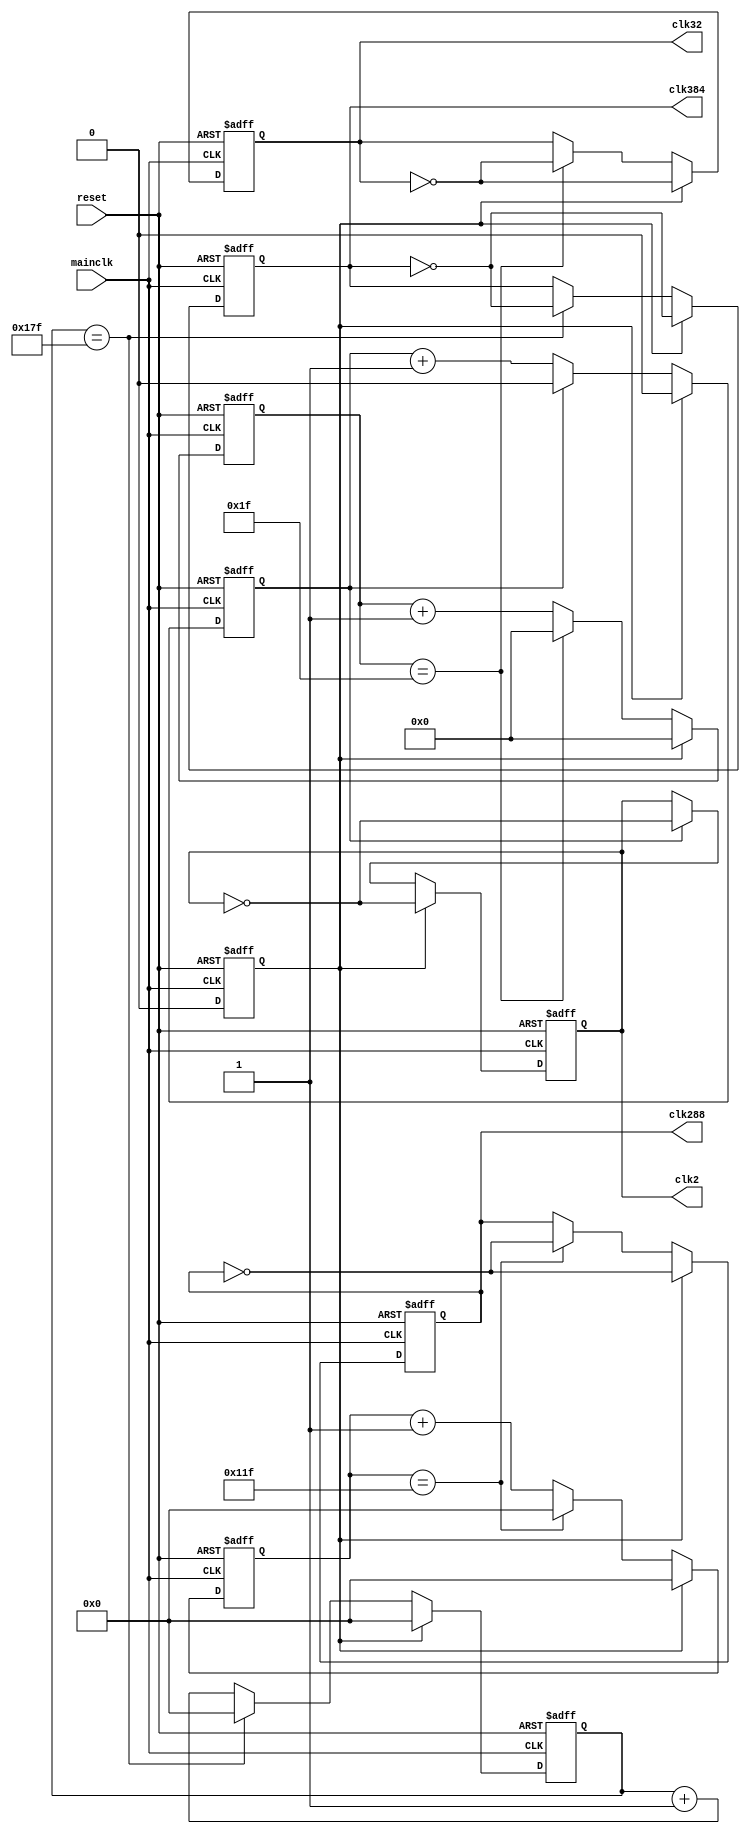
module GenClk(mainclk, reset, clk2, clk32, clk288, clk384);

input mainclk, reset;
output reg clk2, clk32, clk288, clk384;

reg count;
reg [4:0] count32;
reg [8:0] count288, count384;
reg flag;
always@(posedge mainclk or negedge reset)
begin
	if(~reset) begin
		clk2 <= 0;
		clk32 <= 0;
		clk288 <= 0;
		clk384 <= 0;
		count <= 1'b0;
		count32 <= 5'b00000;
		count288 <= 9'b000000000;
		count384 <= 9'b000000000;
        flag <= 1;
	end
    else if (flag==1) begin
        clk2 <= ~clk2;
        clk32 <= ~clk32;
        clk288 <= ~clk288;
		  clk384 <= ~clk384;
        count <= 1'b0;
		count32 <= 5'b00000;
		count288 <= 9'b000000000;
				count384 <= 9'b000000000;
        flag <= 0;
    end
	else begin
		if(count == 1'b1) begin
			clk2 <= ~clk2;
			count <= 1'b0;
		end
		else count <= count + 1;
		
		if(count32 == 5'b11111) begin
			clk32 <= ~clk32;
			count32 <= 5'b00000;
		end
		else count32 <= count32 + 1;
		
		if(count288 == 9'b100011111) begin
			clk288 <= ~clk288;
			count288 <= 9'b000000000;
		end
		else count288 <= count288 + 1;
		
				
		if(count384 == 9'b101111111) begin
			clk384 <= ~clk384;
			count384 <= 9'b000000000;
		end
		else count384 <= count384 + 1;
	end
end

endmodule